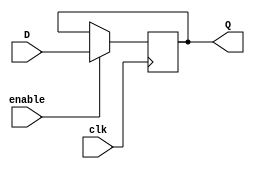
module register(D, clk, enable, Q);
  input [15:0] D;
  input clk, enable;
  output reg[15:0] Q;

  always @(negedge clk) begin
		if(enable == 1'b1)
			Q <= D;
  end
endmodule